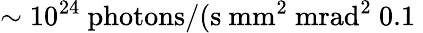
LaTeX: \sim 10^{24}\ \mathrm{photons}/(\mathrm{s}\ \mathrm{mm}^{2}\ \mathrm{mrad}^{2}\ 0.1\